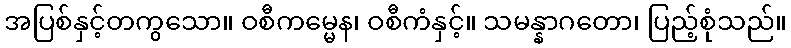
အပြစ်နှင့်တကွသော။ ဝစီကမ္မေန၊ ဝစီကံနှင့်။ သမန္နာဂတော၊ ပြည့်စုံသည်။